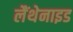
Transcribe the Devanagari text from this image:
लैंथेनाइड